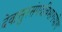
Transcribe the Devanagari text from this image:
देवासुरसंपदविभागयोग